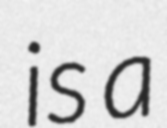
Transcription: is a